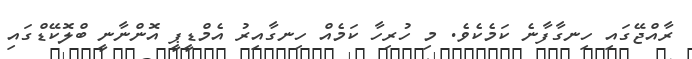
ރާއްޖޭގައި ހިނގާފާނެ ކަމެކެވެ. މި ހުރިހާ ކަމެއް ހިނގާއިރު އެމްޑީޕީ އޮންނާނީ ބްލޮކޭޑްގައި